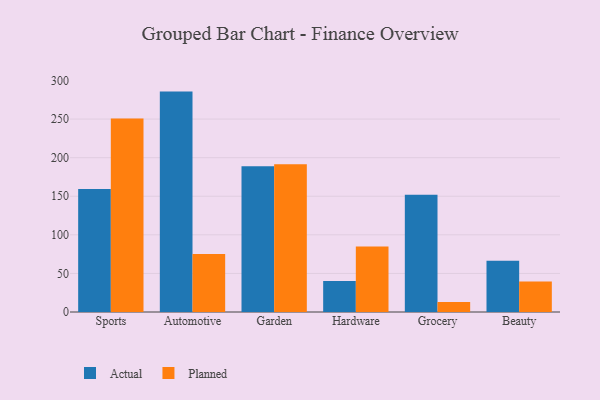
{"axis": {"x": "Category", "y": "Page Views"}, "legend": ["Actual", "Planned"], "data": [{"x": "Sports", "y": 159.4, "type": "Actual"}, {"x": "Sports", "y": 250.9, "type": "Planned"}, {"x": "Automotive", "y": 285.6, "type": "Actual"}, {"x": "Automotive", "y": 75.2, "type": "Planned"}, {"x": "Garden", "y": 188.9, "type": "Actual"}, {"x": "Garden", "y": 191.5, "type": "Planned"}, {"x": "Hardware", "y": 40.3, "type": "Actual"}, {"x": "Hardware", "y": 84.9, "type": "Planned"}, {"x": "Grocery", "y": 151.9, "type": "Actual"}, {"x": "Grocery", "y": 13.1, "type": "Planned"}, {"x": "Beauty", "y": 66.5, "type": "Actual"}, {"x": "Beauty", "y": 39.4, "type": "Planned"}]}